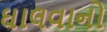
ઘાલવાનો